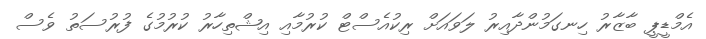
އެމްޑީޕީ ބާޒާރު ހިނގަމުންދާއިރު ލަވައަށް ރިކުއެސްޓް ކުރުމާއި އިޝްތިހާރު ކުރުމުގެ ފުރުސަތު ވެސް